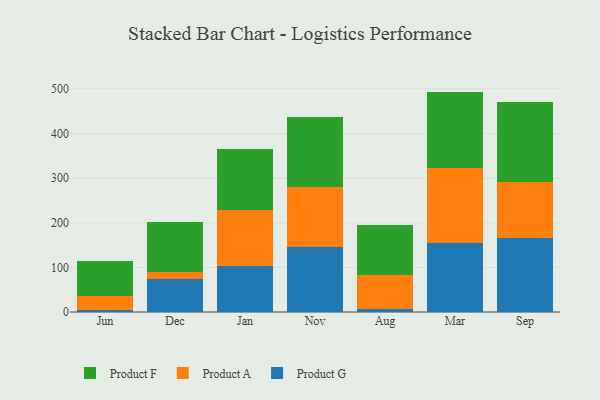
{"axis": {"x": "Month", "y": "LTV (USD)"}, "legend": ["Product A", "Product F", "Product G"], "data": [{"x": "Jun", "y": 5.0, "type": "Product G"}, {"x": "Jun", "y": 31.3, "type": "Product A"}, {"x": "Jun", "y": 76.9, "type": "Product F"}, {"x": "Dec", "y": 74.9, "type": "Product G"}, {"x": "Dec", "y": 14.8, "type": "Product A"}, {"x": "Dec", "y": 113.0, "type": "Product F"}, {"x": "Jan", "y": 102.0, "type": "Product G"}, {"x": "Jan", "y": 127.5, "type": "Product A"}, {"x": "Jan", "y": 135.7, "type": "Product F"}, {"x": "Nov", "y": 145.1, "type": "Product G"}, {"x": "Nov", "y": 134.6, "type": "Product A"}, {"x": "Nov", "y": 158.0, "type": "Product F"}, {"x": "Aug", "y": 5.9, "type": "Product G"}, {"x": "Aug", "y": 77.2, "type": "Product A"}, {"x": "Aug", "y": 111.6, "type": "Product F"}, {"x": "Mar", "y": 154.6, "type": "Product G"}, {"x": "Mar", "y": 169.1, "type": "Product A"}, {"x": "Mar", "y": 170.2, "type": "Product F"}, {"x": "Sep", "y": 165.8, "type": "Product G"}, {"x": "Sep", "y": 125.1, "type": "Product A"}, {"x": "Sep", "y": 179.8, "type": "Product F"}]}